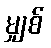
မျှစ်